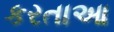
કરતાઆ